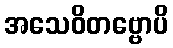
အသေဝိတဗ္ဗောပိ